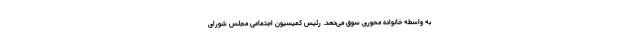
به واسطه خانواده محوری سوق می‌دهد. رئیس کمیسیون اجتماعی مجلس شورای